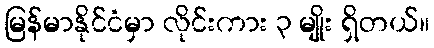
မြန်မာနိုင်ငံမှာ လိုင်းကား ၃ မျိုး ရှိတယ်။